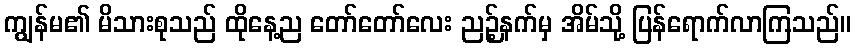
ကျွန်မ၏ မိသားစုသည် ထိုနေ့ည တော်တော်လေး ညဉ့်နက်မှ အိမ်သို့ ပြန်ရောက်လာကြသည်။